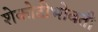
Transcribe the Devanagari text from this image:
शेकोटीभोवती